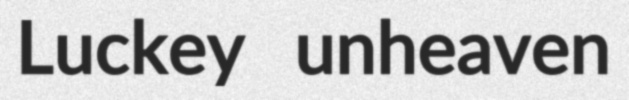
Luckey unheaven